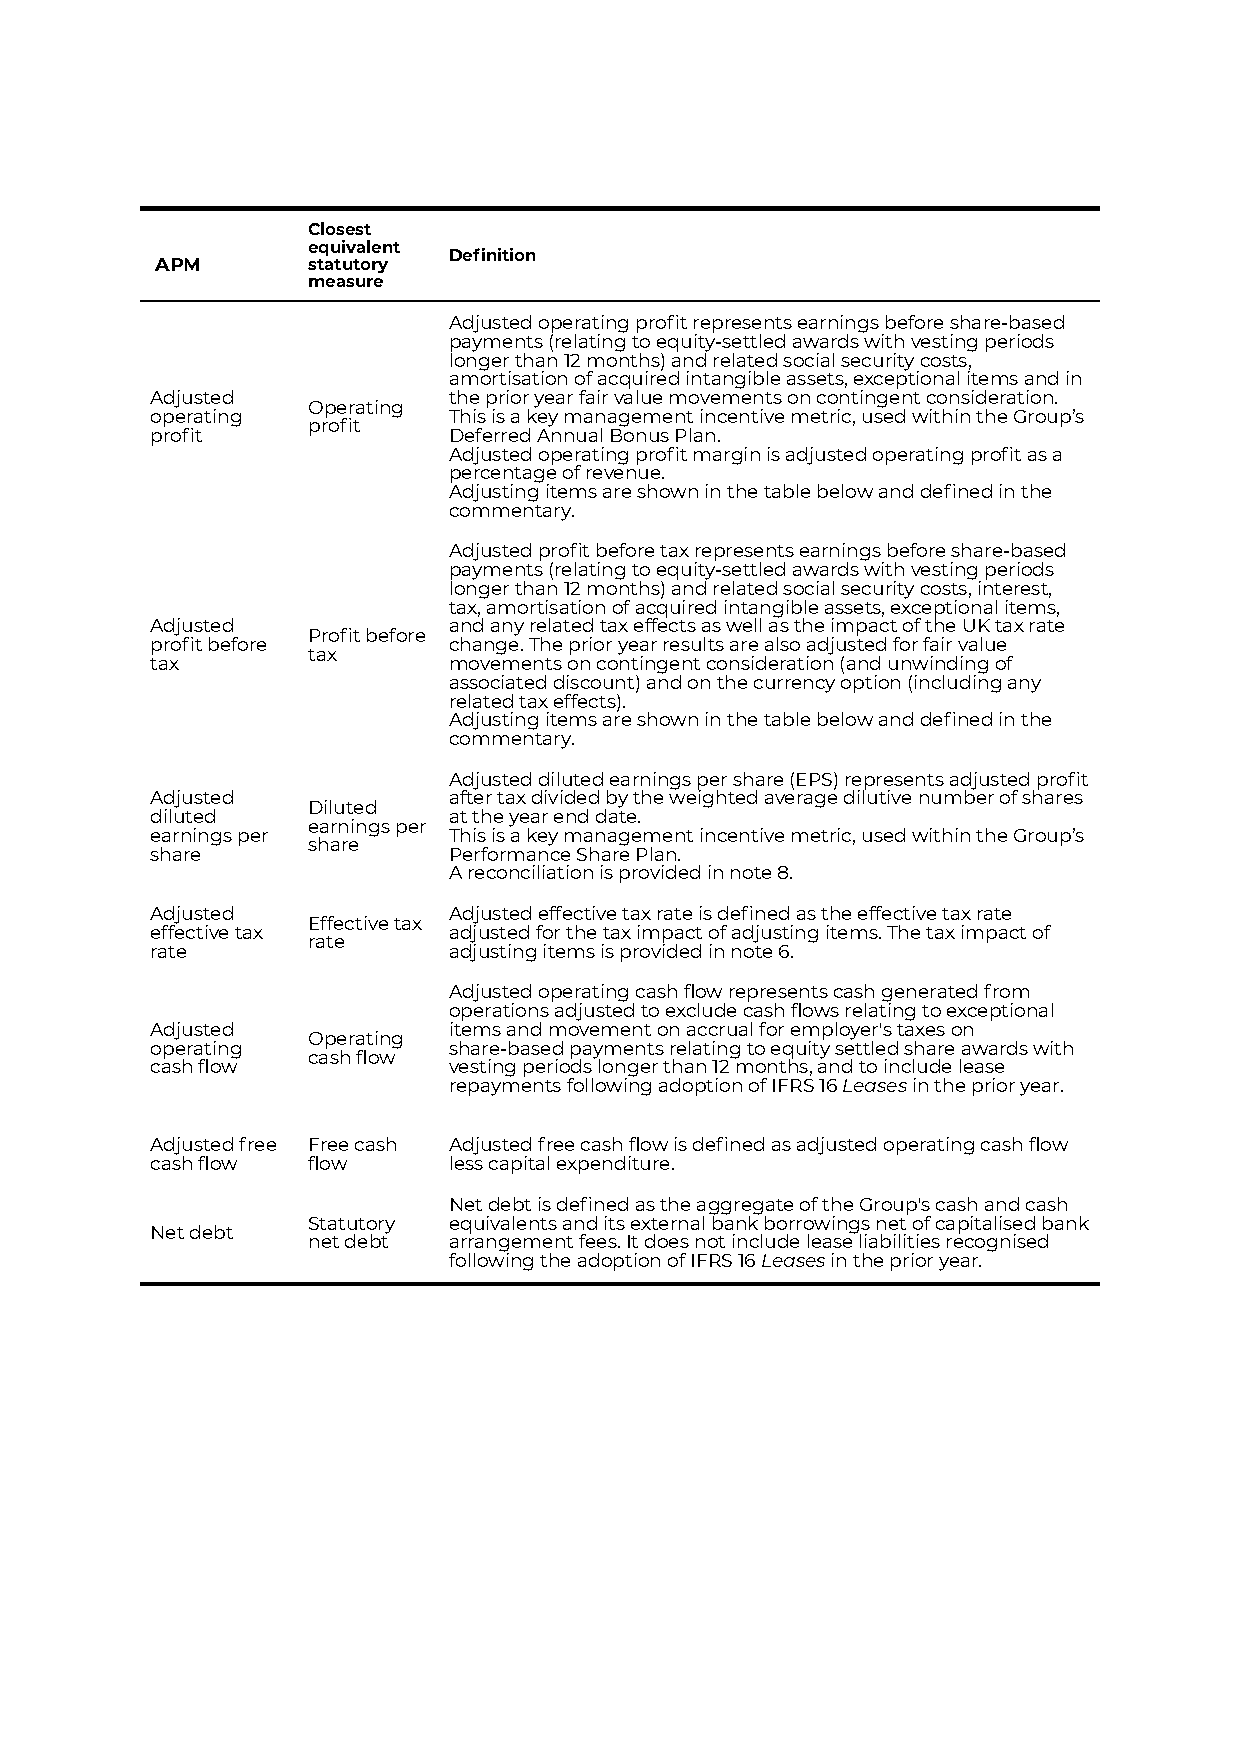
Closest
 equivalent
 Definition
 APM       statutory
 measure
 Adjusted operating profit represents earnings before share-based
 payments (relating to equity-settled awards with vesting periods
 longer than 12 months) and related social security costs,
 amortisation of acquired intangible assets, exceptional items and in
 Adjusted            the prior year fair value movements on contingent consideration.
 Operating
 operating           This is a key management incentive metric, used within the Group’s
 profit
 profit              Deferred Annual Bonus Plan.
 Adjusted operating profit margin is adjusted operating profit as a
 percentage of revenue.
 Adjusting items are shown in the table below and defined in the
 commentary.
 Adjusted profit before tax represents earnings before share-based
 payments (relating to equity-settled awards with vesting periods
 longer than 12 months) and related social security costs, interest,
 tax, amortisation of acquired intangible assets, exceptional items,
 Adjusted            and any related tax effects as well as the impact of the UK tax rate
 Profit before
 profit before       change. The prior year results are also adjusted for fair value
 tax
 tax                 movements on contingent consideration (and unwinding of
 associated discount) and on the currency option (including any
 related tax effects).
 Adjusting items are shown in the table below and defined in the
 commentary.
 Adjusted diluted earnings per share (EPS) represents adjusted profit
 Adjusted            after tax divided by the weighted average dilutive number of shares
 Diluted
 diluted             at the year end date.
 earnings per
 earnings per        This is a key management incentive metric, used within the Group’s
 share
 share               Performance Share Plan.
 A reconciliation is provided in note 8.
 Adjusted            Adjusted effective tax rate is defined as the effective tax rate
 Effective tax
 effective tax       adjusted for the tax impact of adjusting items. The tax impact of
 rate
 rate                adjusting items is provided in note 6.
 Adjusted operating cash flow represents cash generated from
 operations adjusted to exclude cash flows relating to exceptional
 Adjusted            items and movement on accrual for employer's taxes on
 Operating
 operating           share-based payments relating to equity settled share awards with
 cash flow
 cash flow           vesting periods longer than 12 months, and to include lease
 repayments following adoption of IFRS 16Leasesinthe prior year.
 Adjusted free Free cash Adjusted free cash flow is defined as adjusted operating cash flow
 cash flow flow      less capital expenditure.
 Net debt is defined as the aggregate of the Group's cash and cash
 Statutory equivalents and its external bank borrowings net of capitalised bank
 Net debt
 net debt  arrangement fees. It does not include lease liabilities recognised
 following the adoption of IFRS 16Leasesin the prioryear.